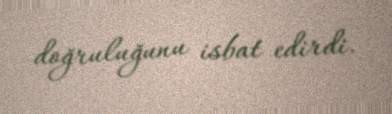
doğruluğunu isbat edirdi.